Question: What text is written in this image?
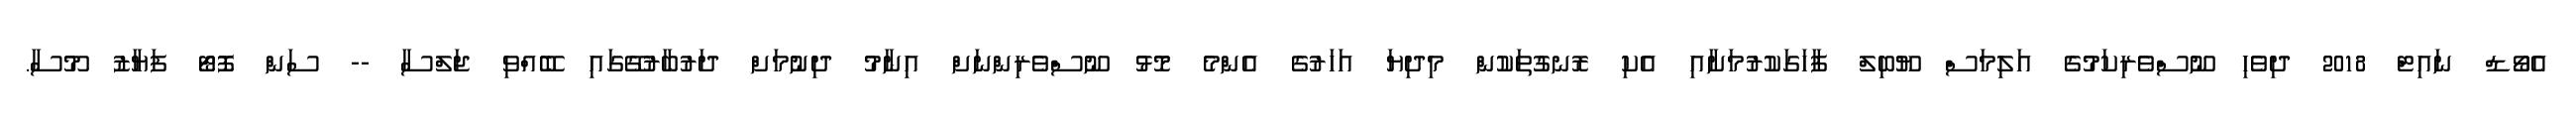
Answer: އެވޯޑް ނައިޓް 2018 ދިވެހި ނޫސްވެރިކަމުގެ އަލިމަސް ޔޫބިލް ފާހަގަކުރުމަށާއި އެކި ރޮނގުތަކުން މިދިޔަ އަހަރުގެ އެންމެ މޮޅު ނޫސްވެރިންނަށް އިނާމު ދިނުމަށް ދަރުބާރުގޭގައި ބޭއްވި ޖަލްސާ -- ސަން ފޮޓޯ ފަޔާޒު މޫސާ.